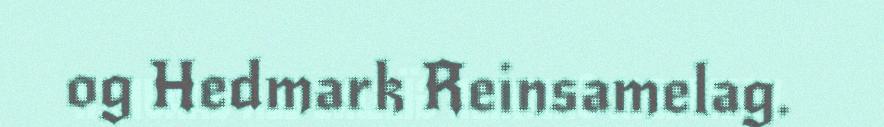
og Hedmark Reinsamelag.